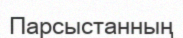
Парсыстанның